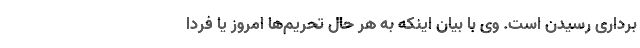
برداری رسیدن است. وی با بیان اینکه به هر حال تحریم‌ها امروز یا فردا